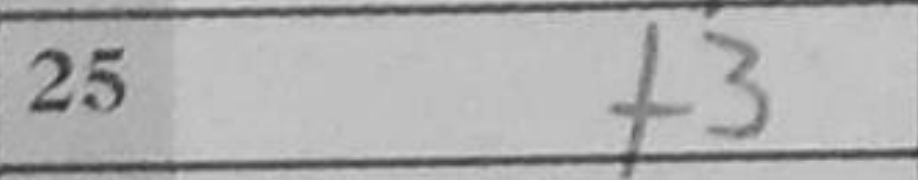
Transcription: f3